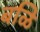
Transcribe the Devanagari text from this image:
बळि